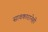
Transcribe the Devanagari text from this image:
सावकारानेही